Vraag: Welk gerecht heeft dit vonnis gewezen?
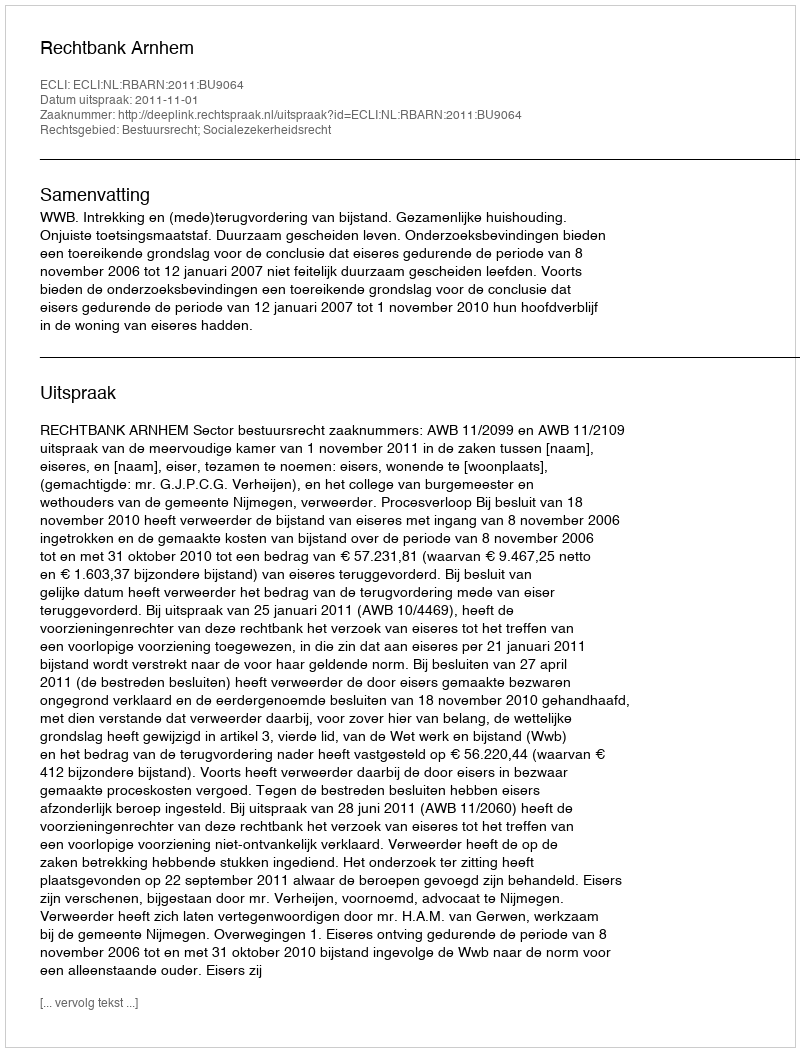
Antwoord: Rechtbank Arnhem